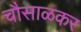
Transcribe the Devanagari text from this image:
चौसाळकर